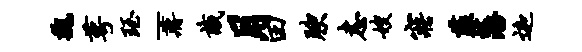
魏萼珏-蒋识月田腴恚嫂寤薤藩迦